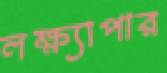
লক্ষ্যাপার